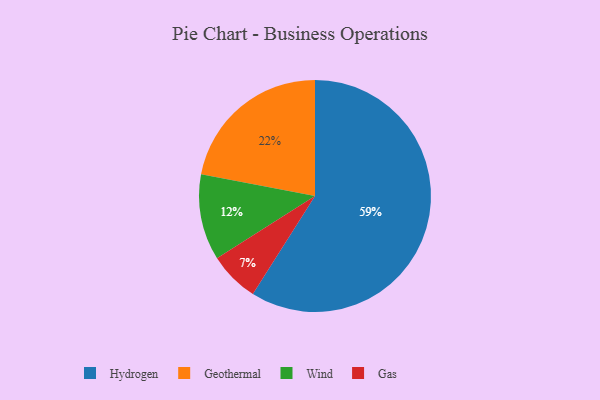
{"axis": {"x": "Category", "y": "Percentage"}, "legend": ["Gas", "Geothermal", "Hydrogen", "Wind"], "data": [{"x": "Wind", "y": 12, "type": "Wind"}, {"x": "Hydrogen", "y": 59, "type": "Hydrogen"}, {"x": "Geothermal", "y": 22, "type": "Geothermal"}, {"x": "Gas", "y": 7, "type": "Gas"}]}